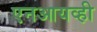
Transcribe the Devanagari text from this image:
एनआयव्ही